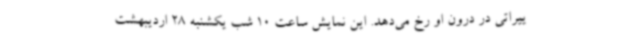
ییراتی در درون او رخ می‌دهد. این نمایش ساعت 10 شب یکشنبه 28 اردیبهشت